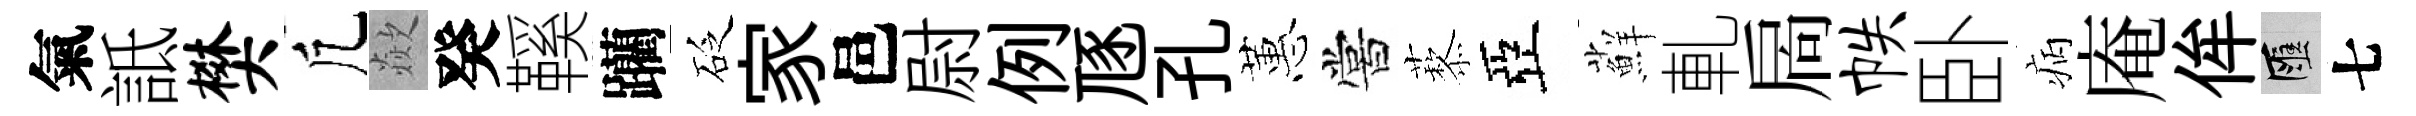
氣詆樊凢歘癸鞵躪砭家邑尉例豗孔蕙嘗藜亞蘚軋扄帙卧病庵侔匯七